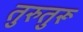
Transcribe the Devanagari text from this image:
तुरुतुरू